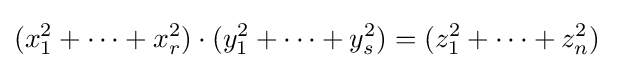
(x_{1}^{2}+\cdots +x_{r}^{2})\cdot (y_{1}^{2}+\cdots +y_{s}^{2})=(z_{1}^{2}+\cdots +z_{n}^{2})\